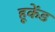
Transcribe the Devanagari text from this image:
हूकेंड